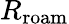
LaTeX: R_{\mathrm{roam}}